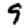
Digit: 9